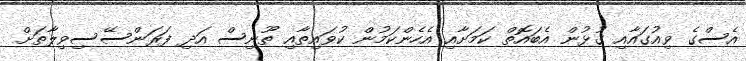
އެސްގެ ވިއުގައާއި ގުޅުން އެބައޮތް ކަމަށާއި އެހެންކަމުން ކުވައިތާއި ތޫނިސް އަދި ފަރަންސޭސިވިލާތަށް